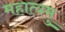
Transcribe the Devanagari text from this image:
महात्यमु